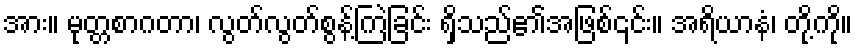
အား။ မုတ္တစာဂတာ၊ လွတ်လွတ်စွန့်ကြဲခြင်း ရှိသည်၏အဖြစ်၎င်း။ အရိယာနံ၊ တို့ကို။